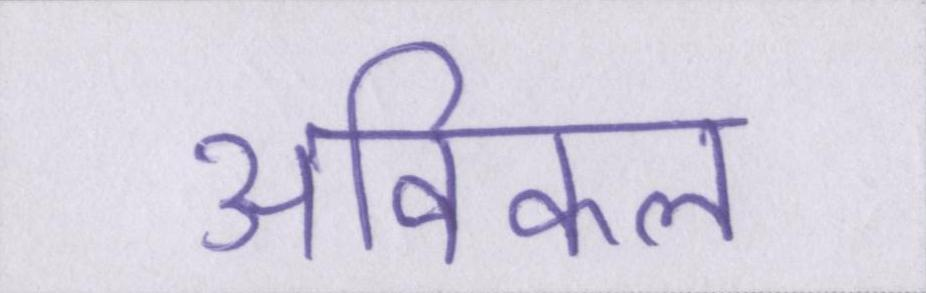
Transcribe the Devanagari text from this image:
अविकल